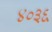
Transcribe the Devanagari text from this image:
४०३६